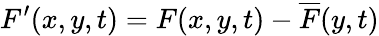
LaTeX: F^{\prime}(x,y,t)=F(x,y,t)-\overline{{F}}(y,t)